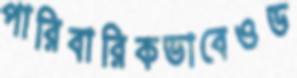
পারিবারিকভাবেওড